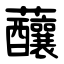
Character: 䖆